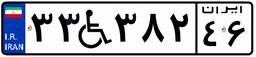
۳۳W۳۸۲۴۶